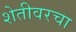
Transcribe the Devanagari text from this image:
शेतीवरचा